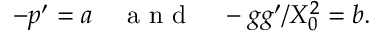
\begin{array} { r } { - p ^ { \prime } = a ~ ~ ~ \mathrm { ~ a ~ n ~ d ~ } ~ ~ ~ - g g ^ { \prime } / X _ { 0 } ^ { 2 } = b . } \end{array}